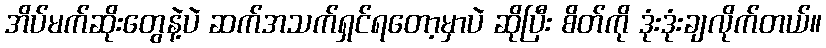
အိပ်မက်ဆိုးတွေနဲ့ပဲ ဆက်အသက်ရှင်ရတော့မှာပဲ ဆိုပြီး စိတ်ကို ဒုံးဒုံးချလိုက်တယ်။